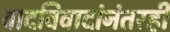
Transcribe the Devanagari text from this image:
वादविवादांनंतरही